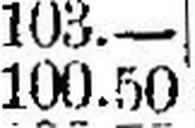
100.50